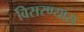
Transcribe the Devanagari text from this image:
विसरण्यास